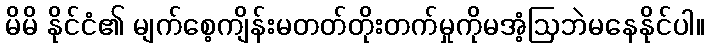
မိမိ နိုင်ငံ၏ မျက်စေ့ကျိန်းမတတ်တိုးတက်မှုကိုမအံ့ဩဘဲမနေနိုင်ပါ။